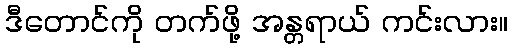
ဒီတောင်ကို တက်ဖို့ အန္တရာယ် ကင်းလား။